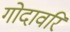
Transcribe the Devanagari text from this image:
गोदावरि